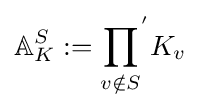
\mathbb {A} _{K}^{S}:={\prod _{v\notin S}}^{'}K_{v}